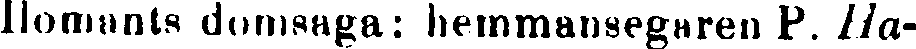
Ilomants domsaga: hemmansegaren P. Ha-